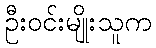
ဦးဝင်းမျိုးသူက